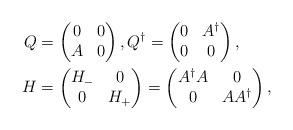
LaTeX: \begin{align*}Q & = \begin{pmatrix}0 & 0\\A & 0\end{pmatrix},Q^{\dagger} = \begin{pmatrix}0 & A^{\dagger}\\0 & 0\end{pmatrix},\\ H & = \begin{pmatrix}H_{-} & 0\\0 & H_{+}\end{pmatrix} = \begin{pmatrix}A^{\dagger} A & 0\\0 & AA^{\dagger}\end{pmatrix},\end{align*}